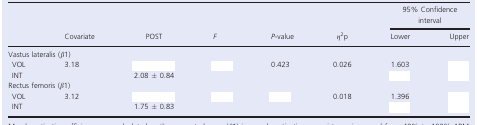
<table><thead><tr><td>[EMPTY_CELL]</td><td rowspan="2"><b>Covariate</b></td><td rowspan="2"><b>POST</b></td><td rowspan="2"><b><i>F</i></b></td><td rowspan="2"><b><i>P</i>-value</b></td><td rowspan="2"><b><i>η</i><sup>2</sup>p</b></td><td colspan="2"><b>95% Confidence interval</b></td></tr><tr><td>[EMPTY_CELL]</td><td><b>Lower</b></td><td><b>Upper</b></td></tr></thead><tbody><tr><td colspan="8">Vastus lateralis (<i>β</i>1)</td></tr><tr><td> VOL</td><td rowspan="2">3.18</td><td>[EMPTY_CELL]</td><td rowspan="2">[EMPTY_CELL]</td><td rowspan="2">0.423</td><td rowspan="2">0.026</td><td>1.603</td><td>[EMPTY_CELL]</td></tr><tr><td> INT</td><td>2.08 ± 0.84</td><td>[EMPTY_CELL]</td><td>[EMPTY_CELL]</td></tr><tr><td colspan="8">Rectus femoris (<i>β</i>1)</td></tr><tr><td> VOL</td><td rowspan="2">3.12</td><td>[EMPTY_CELL]</td><td rowspan="2">[EMPTY_CELL]</td><td rowspan="2">[EMPTY_CELL]</td><td rowspan="2">0.018</td><td>1.396</td><td>[EMPTY_CELL]</td></tr><tr><td> INT</td><td>1.75 ± 0.83</td><td>[EMPTY_CELL]</td><td>[EMPTY_CELL]</td></tr></tbody></table>